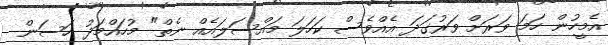
އެމީހުން ހަމަ ވަރަށް ވަރުގަދަ އެއްވެސް ކަހަލަ މައްސަލައެއް ނެތް" މުހައްމަދު ހަސަން